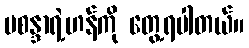
မစန္ဒာရဲ့ဟန်ကို တွေ့ရပါတယ်။